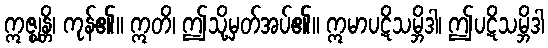
ဣဇ္ဈန္တိ၊ ကုန်၏။ ဣတိ၊ ဤသို့မှတ်အပ်၏။ ဣမာပဋိသမ္ဘိဒါ၊ ဤပဋိသမ္ဘိဒါ